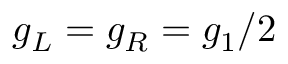
g _ { L } = g _ { R } = g _ { 1 } / 2